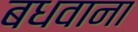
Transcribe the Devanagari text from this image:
बधवाना